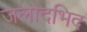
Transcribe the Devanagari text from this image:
जलोदभिद